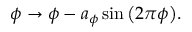
\phi \to \phi - a _ { \phi } \sin \big ( 2 \pi \phi \big ) .